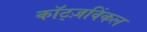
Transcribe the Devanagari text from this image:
कॉट्ज़विंकल